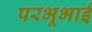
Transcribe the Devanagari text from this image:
परभूभाई